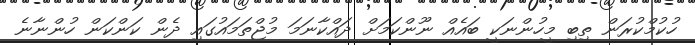
ހުކުމްކުރަން ތިބި މީހުންނަކީ ބައެއް ނޫންކަމަށް ދައްކާނަމަ މުޖްތަމައުގައި ދެން ކަންކަން ހުންނާނެ